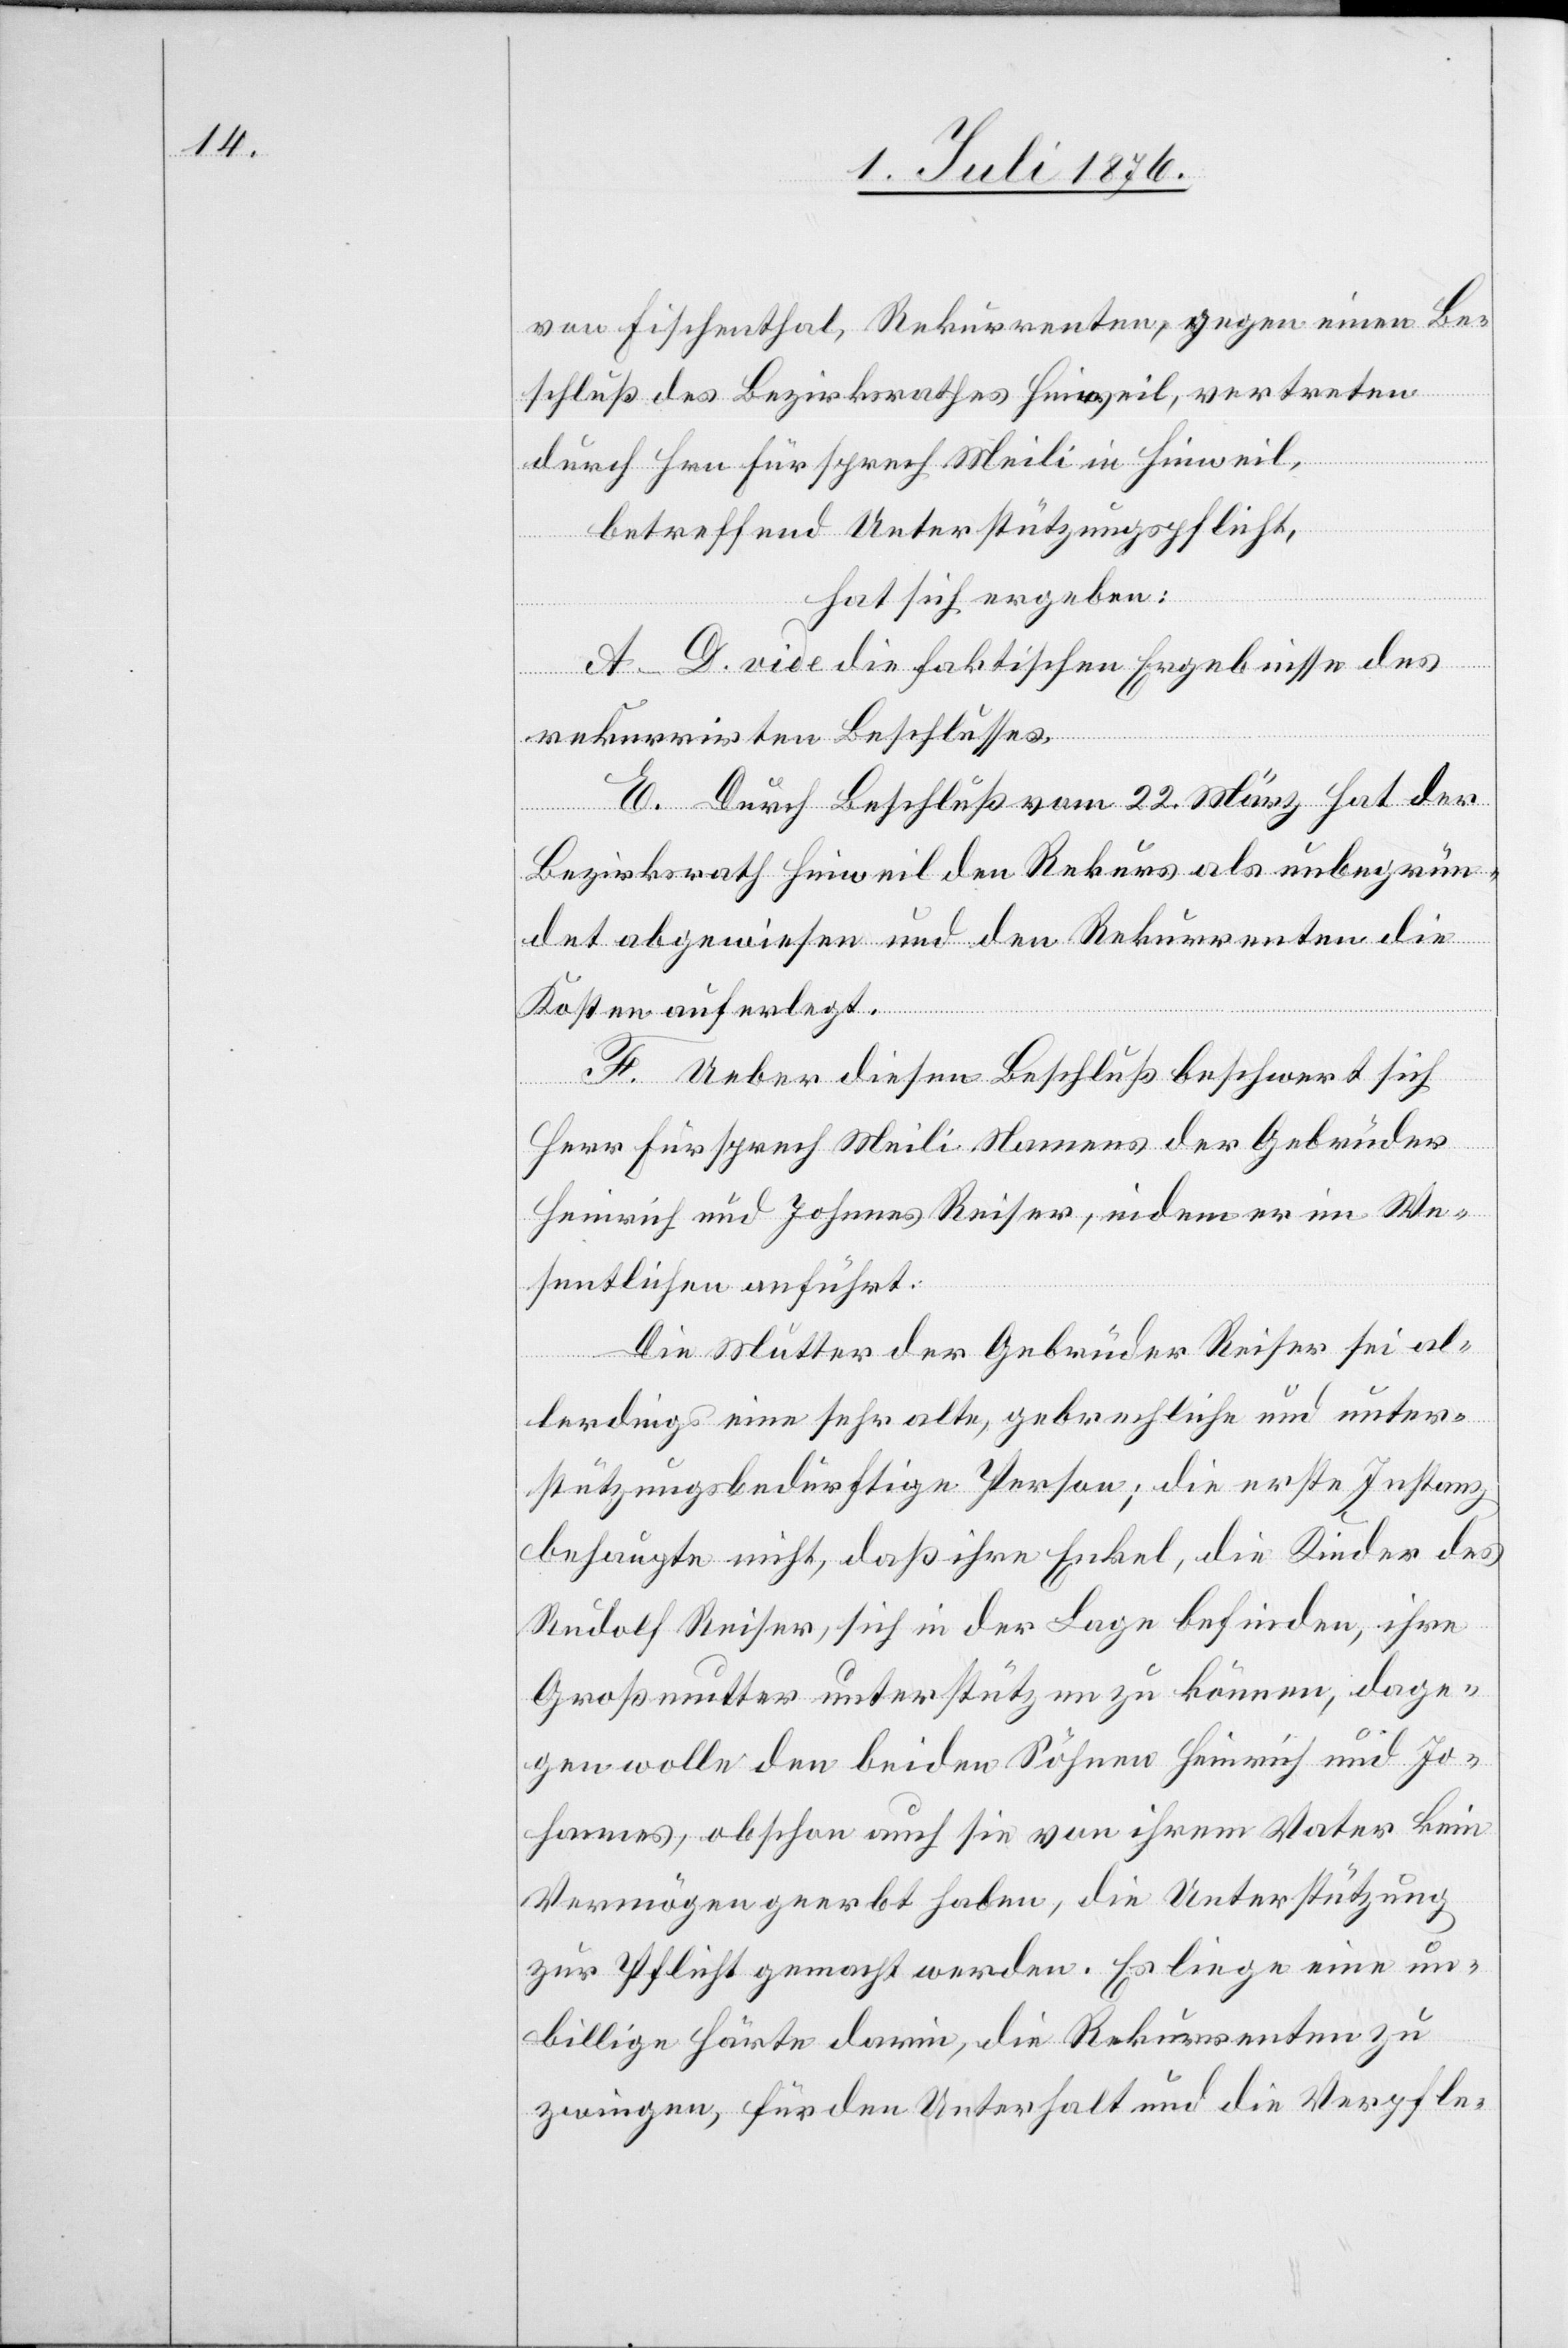
von Fischenthal, Rekurrenten, gegen einen Be¬
schluß des Bezirksrathes Hinweil, vertreten
durch Hrn. Fürsprech Meili in Hinweil,
betreffend Unterstützungspflicht,
hat sich ergeben:
A–D. vide die faktischen Ergebnisse des
rekurrirten Beschlusses.
E. Durch Beschluß vom 22. März hat der
Bezirksrath Hinweil den Rekurs als unbegrün¬
det abgewiesen und den Rekurrenten die
Kosten auferlegt.
F. Ueber diesen Beschluß beschwert sich
Herr Fürsprech Meili Namens der Gebrüder
Heinrich und Johannes Reiser, indem er im We¬
sentlichen anführt:
Die Mutter der Gebrüder Reiser sei al¬
lerdings eine sehr alte, gebrechliche und unter¬
stützungsbedürftige Person; die erste Instanz
behaupte nicht, das ihre Enkel, die Kinder des
Rudolf Reiser, sich in der Lage befinden, ihre
Großmutter unterstützen zu können, dage¬
gen wolle den beiden Söhnen Heinrich und Jo¬
hannes, obschon auch sie von ihrem Vater kein
Vermögen geerbt haben, die Unterstützung
zur Pflicht gemacht werden. Es liege eine un¬
billige Härte darin, die Rekurrenten zu
zwingen, für den Unterhalt und die Verpfle-